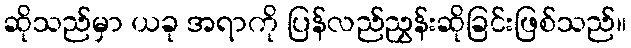
ဆိုသည်မှာ ယခု အရာကို ပြန်လည်ညွှန်းဆိုခြင်းဖြစ်သည်။